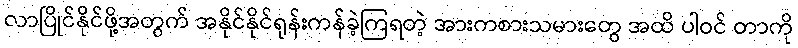
လာပြိုင်နိုင်ဖို့အတွက် အနိုင်နိုင်ရုန်းကန်ခဲ့ကြရတဲ့ အားကစားသမားတွေ အထိ ပါဝင် တာကို